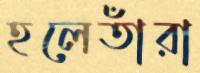
হলেতাঁরা